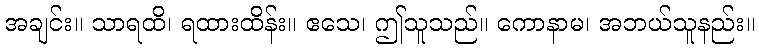
အချင်း။ သာရထိ၊ ရထားထိန်း။ ဧသေ၊ ဤသူသည်။ ကောနာမ၊ အဘယ်သူနည်း။